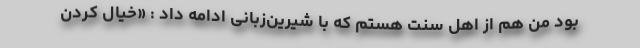
بود من هم از اهل سنت هستم که با شیرین‌زبانی ادامه داد : «خیال کردن